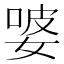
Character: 𭒂